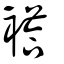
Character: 褡